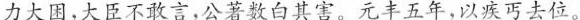
力大困，大臣不敢言，公著数白其害。元丰五年，以疾丐去位。